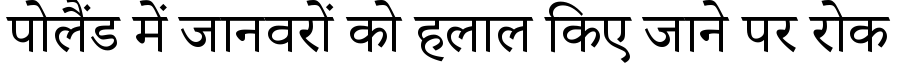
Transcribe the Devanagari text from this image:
पोलैंड में जानवरों को हलाल किए जाने पर रोक